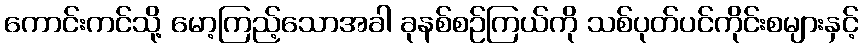
ကောင်းကင်သို့ မော့ကြည့်သောအခါ ခုနစ်စဉ်ကြယ်ကို သစ်ပုတ်ပင်ကိုင်းစများနှင့်